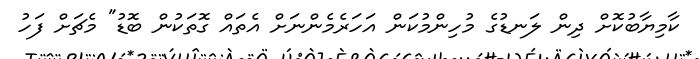
ކާމިޔާބުކޮށް ދިން ލަނޑުގެ މުހިންމުކަން އަހަރެމެންނަށް އެތައް ގޮތަކުން ބޮޑު" މެޗަށް ފަހު